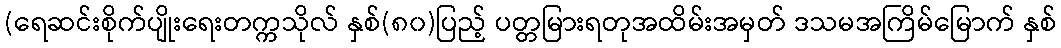
(ရေဆင်းစိုက်ပျိုးရေးတက္ကသိုလ် နှစ်(၈၀)ပြည့် ပတ္တမြားရတုအထိမ်းအမှတ် ဒသမအကြိမ်မြောက် နှစ်